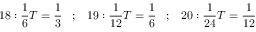
1 8 : { \frac { 1 } { 6 } } T = { \frac { 1 } { 3 } } \; \; \; ; \; \; \; 1 9 : { \frac { 1 } { 1 2 } } T = { \frac { 1 } { 6 } } \; \; \; ; \; \; \; 2 0 : { \frac { 1 } { 2 4 } } T = { \frac { 1 } { 1 2 } }